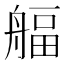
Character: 𦩡